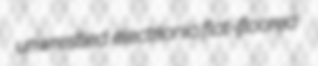
unwrestled electrionic flat-floored